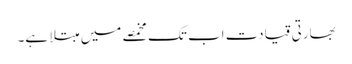
بھارتی قیادت اب تک مخمصے میں مبتلا ہے۔